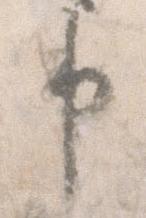
申